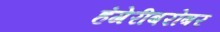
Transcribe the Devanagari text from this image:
हंगेरीबरोबर